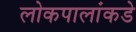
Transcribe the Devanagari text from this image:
लोकपालांकडे